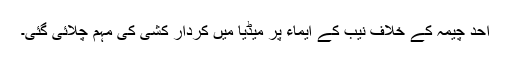
احد چیمہ کے خلاف نیب کے ایماء پر میڈیا میں کردار کشی کی مہم چلائی گئی۔